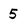
Character: 5